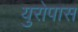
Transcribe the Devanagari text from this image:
युरोपास